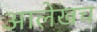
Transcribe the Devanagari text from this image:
अालेखच